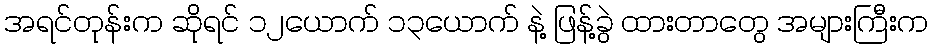
အရင်တုန်းက ဆိုရင် ၁၂ယောက် ၁၃ယောက် နဲ့ ဖြန့်ခွဲ ထားတာတွေ အများကြီးက